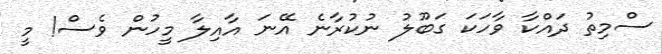
ސްމިތު ދައްކާ ވާހަކަ ގަބޫލު ނުކުރާނެ އޭނަ އާއިލާ މީހުން ވެސް! މީ